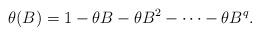
LaTeX: \begin{align*}\theta(B)=1-\theta B-\theta B^2-\cdots-\theta B^q.\end{align*}